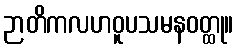
ဉာတိကလဟဝူပသမနဝတ္ထု။